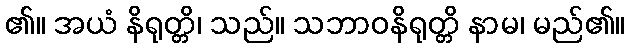
၏။ အယံ နိရုတ္တိ၊ သည်။ သဘာဝနိရုတ္တိ နာမ၊ မည်၏။